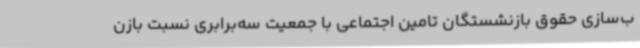
ب‌سازی حقوق بازنشستگان تامین اجتماعی با جمعیت سه‌برابری نسبت بازن